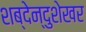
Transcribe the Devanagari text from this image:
शब्देन्दुशेखर